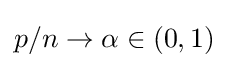
p/n\rightarrow \alpha \in (0,1)